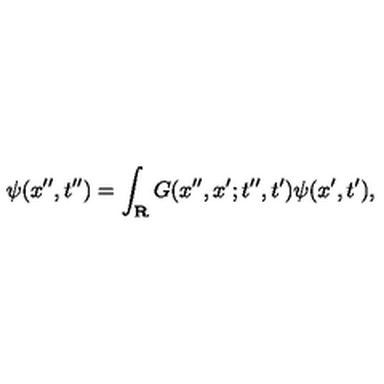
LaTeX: \psi ( x ^ { \prime \prime } , t ^ { \prime \prime } ) = \int _ { \bf R } G ( x ^ { \prime \prime } , x ^ { \prime } ; t ^ { \prime \prime } , t ^ { \prime } ) \psi ( x ^ { \prime } , t ^ { \prime } ) ,